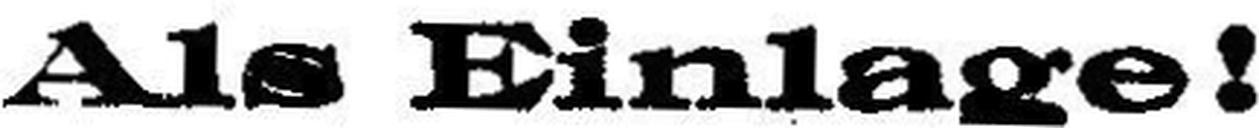
Als Einlage!